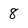
Character: 8